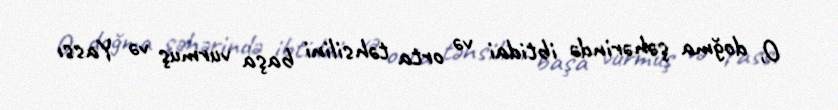
O, doğma şəhərində ibtidai və orta təhsilini başa vurmuş və Yassı